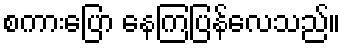
စကားပြော နေကြပြန်လေသည်။